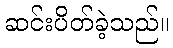
ဆင်းပိတ်ခဲ့သည်။